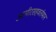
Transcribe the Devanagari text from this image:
आमीरसहवर्तमान